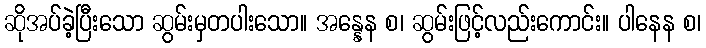
ဆိုအပ်ခဲ့ပြီးသော ဆွမ်းမှတပါးသော။ အန္နေန စ၊ ဆွမ်းဖြင့်လည်းကောင်း။ ပါနေန စ၊